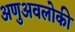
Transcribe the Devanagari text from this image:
अणुअवलोकी